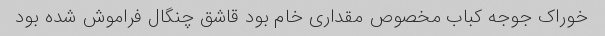
خوراک جوجه کباب مخصوص مقداری خام بود قاشق چنگال فراموش شده بود